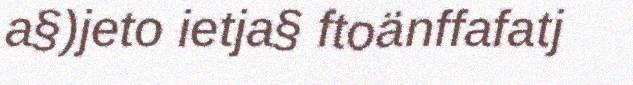
a§)jeto ietja§ ftoänffafatj